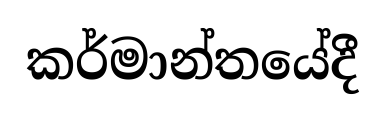
කර්මාන්තයේදී